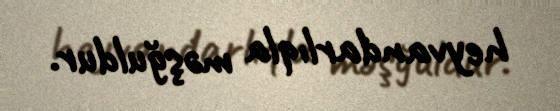
heyvandarlıqla məşğuldur.